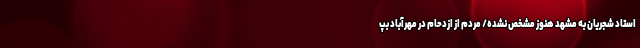
استاد شجریان به مشهد هنوز مشخص نشده/ مردم از ازدحام در مهرآباد بپ